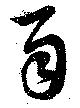
百